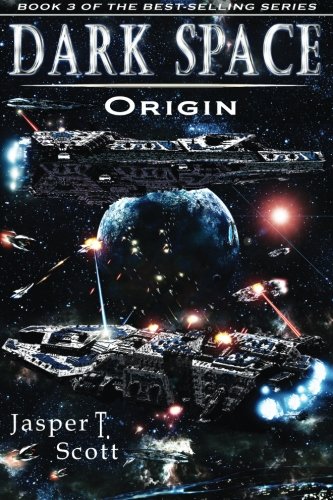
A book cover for Dark Space (Book 3): Origin; Jasper T. Scott; Science Fiction & Fantasy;